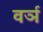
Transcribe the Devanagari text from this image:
वर्ञ